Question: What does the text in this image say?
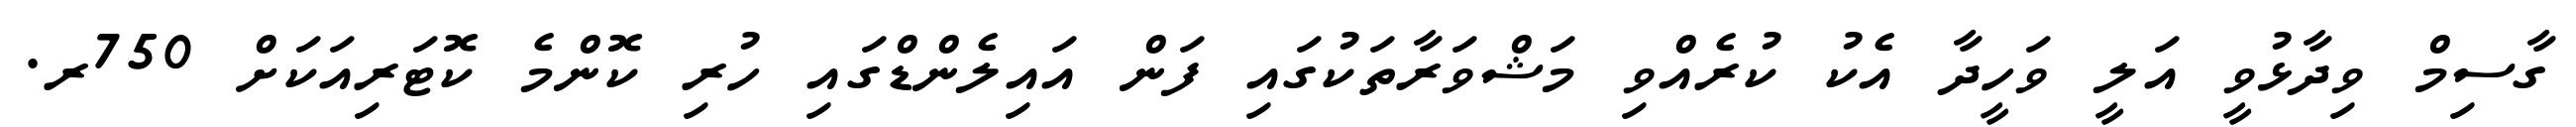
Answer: ގާސިމް ވިދާޅުވީ އަލީ ވަހީދާ އެކު ކުރެއްވި މަޝްވަރާތަކުގައި ފަން އައިލެންޑްގައި ހުރި ކޮންމެ ކޮޓަރިއަކަށް 750ރ.